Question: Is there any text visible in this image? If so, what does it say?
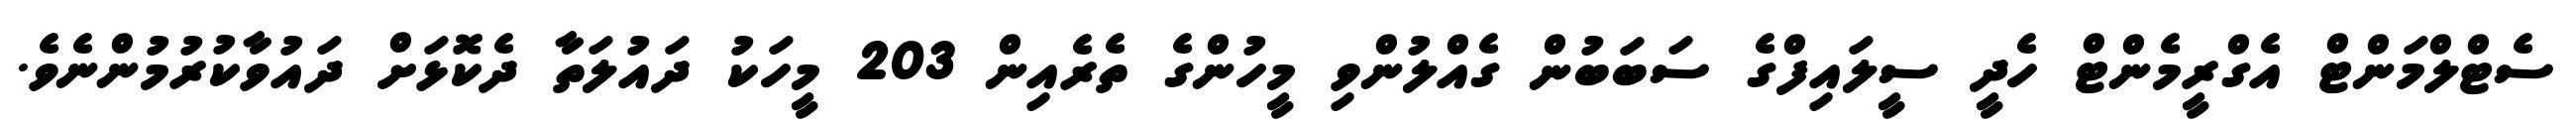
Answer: ސެޓްލްމަންޓް އެގްރީމެންޓް ހެދީ ސީލައިފްގެ ސަބަބުން ގެއްލުންވި މީހުންގެ ތެރެއިން 203 މީހަކު ދައުލަތާ ދެކޮޅަށް ދައުވާކުރުމުންނެވެ.